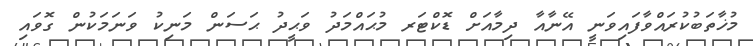
މުޚާތަބުކުރައްވާފައިވަނީ އޭނާއާ ދިމާއަށް ޑޮކްޓަރ މުޙައްމަދު ވަޙީދު ޙަސަން މަނިކު ވަނަމަކުން ގޮވައި